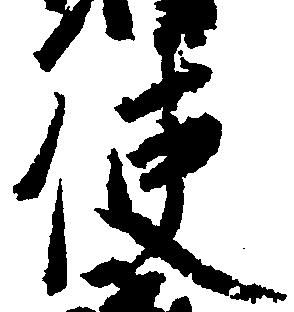
使